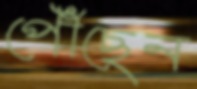
পৌঁছেন